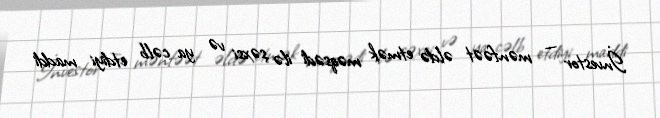
İnvestor — mənfəət əldə etmək məqsədi ilə şəxsi və ya cəlb etdiyi maddi